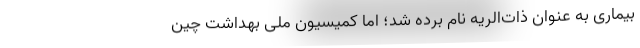
بیماری به عنوان ذات‌الریه نام برده شد؛ اما کمیسیون ملی بهداشت چین